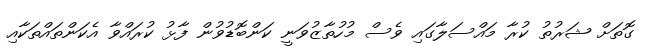
ގޮތަށް ޝަރުތު ކުރާ މައްސަލާގައި ވެސް މުހުތާޒުވަނީ ކަންބޮޑުވުން ފާޅު ކުރައްވާ އެކަންތައްތަކާއި